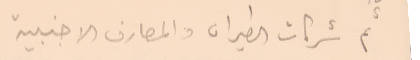
ثم شركات الطيران والمصارف الاجنبية